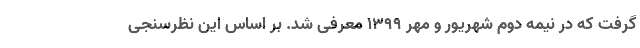
گرفت که در نیمه دوم شهریور و مهر 1399 معرفی شد. بر اساس این نظرسنجی